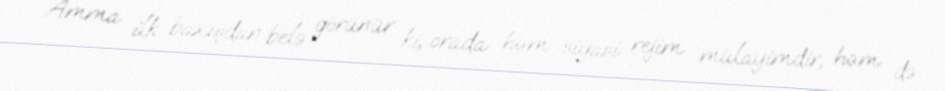
Amma ilk baxışdan belə görünür ki, orada həm siyasi rejim mülayimdir, həm də